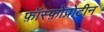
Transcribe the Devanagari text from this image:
फ़ॉस्फ़ोप्रोटीन